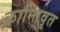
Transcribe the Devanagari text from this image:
क्रान्तिवृत